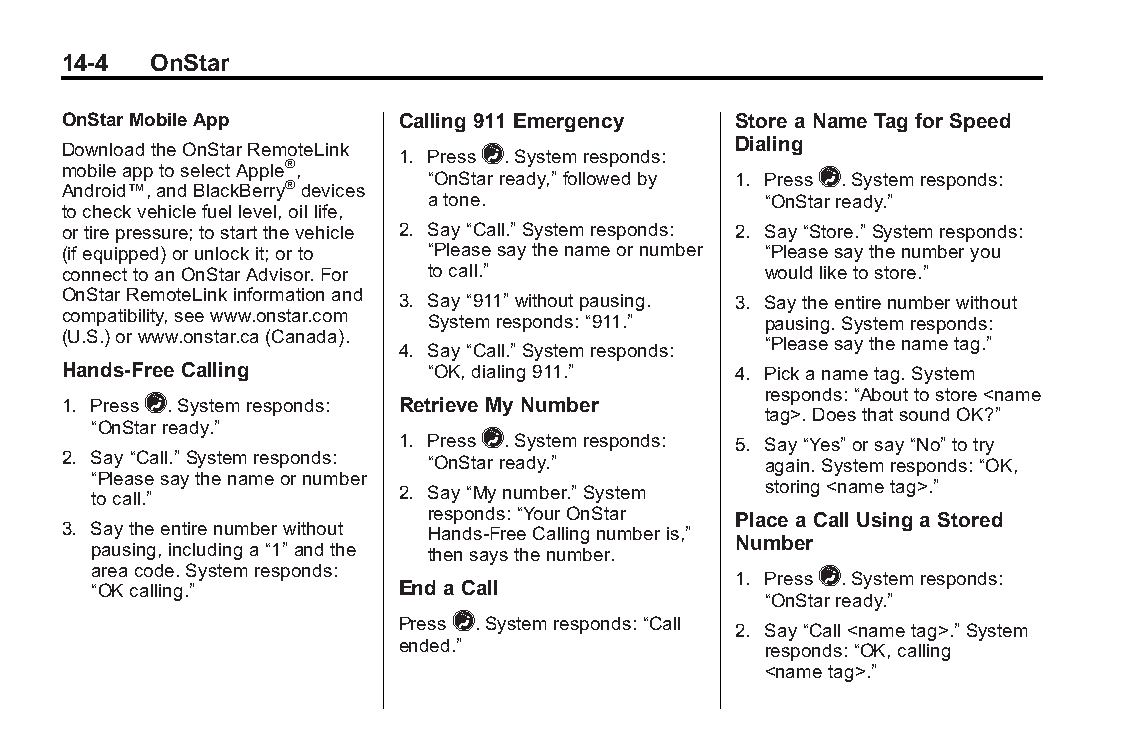
Buick LaCrosse Owner Manual (GMNA-Localizing-U.S./Canada/Mexico- Blackplate(4,1)
 6043609)-2014-2ndEdition-10/17/13
 14-4  OnStar
 OnStarMobileApp       Calling 911Emergency  Store aName Tag for Speed
 Dialing
 DownloadtheOnStarRemoteLink 1. Press=.Systemresponds:
 mobileapptoselectApple®,
 “OnStarready,”followedby 1. Press=.Systemresponds:
 Android™,andBlackBerry®devices
 atone.                “OnStarready.”
 tocheckvehiclefuellevel,oillife,
 ortirepressure;tostartthevehicle 2. Say“Call.” Systemresponds: 2. Say“Store.” Systemresponds:
 (ifequipped)orunlockit;orto “Pleasesaythenameornumber “Pleasesaythenumberyou
 connecttoanOnStarAdvisor.For tocall.”         wouldliketostore.”
 OnStarRemoteLinkinformationand 3. Say“911”withoutpausing. 3. Saytheentirenumberwithout
 compatibility,seewww.onstar.com Systemresponds:“911.” pausing.Systemresponds:
 (U.S.)orwww.onstar.ca(Canada).
 “Pleasesaythenametag.”
 4. Say“Call.” Systemresponds:
 Hands-Free Calling      “OK,dialing911.”    4. Pickanametag.System
 responds:“Abouttostore<name
 1. Press=.Systemresponds: Retrieve My Number
 tag>.DoesthatsoundOK?”
 “OnStarready.”
 1. Press=.Systemresponds: 5. Say“Yes”orsay“No”totry
 2. Say“Call.” Systemresponds: “OnStarready.”  again.Systemresponds:“OK,
 “Pleasesaythenameornumber
 2. Say“Mynumber.” System storing<nametag>.”
 tocall.”
 responds:“YourOnStar Place aCall Using aStored
 3. Saytheentirenumberwithout Hands-FreeCallingnumberis,”
 Number
 pausing,includinga“1”andthe thensaysthenumber.
 areacode.Systemresponds:                  1. Press=.Systemresponds:
 “OKcalling.”        End aCall
 “OnStarready.”
 Press=.Systemresponds:“Call
 2. Say“Call<nametag>.” System
 ended.”                 responds:“OK,calling
 <nametag>.”